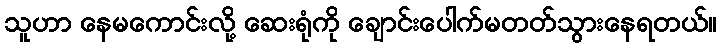
သူဟာ နေမကောင်းလို့ ဆေးရုံကို ချောင်းပေါက်မတတ်သွားနေရတယ်။